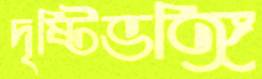
দৃষ্টিভঙ্গি